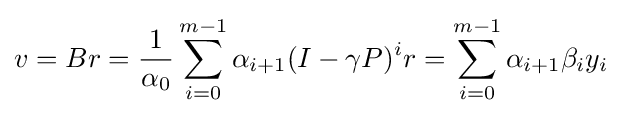
v=Br={\frac {1}{\alpha _{0}}}\sum _{i=0}^{m-1}\alpha _{i+1}(I-\gamma P)^{i}r=\sum _{i=0}^{m-1}\alpha _{i+1}\beta _{i}y_{i}